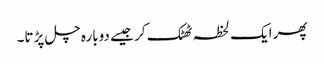
پھر ایک لحظہ ٹھٹک کر جیسے دوبارہ چل پڑتا۔